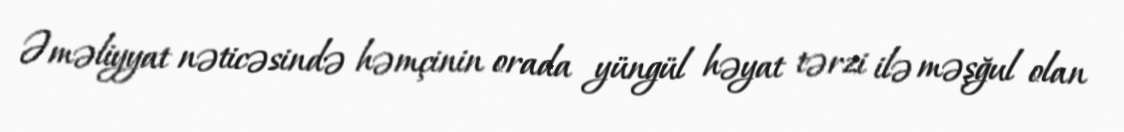
Əməliyyat nəticəsində həmçinin orada yüngül həyat tərzi ilə məşğul olan